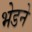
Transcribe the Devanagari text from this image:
भेडने